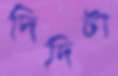
দিদিটা